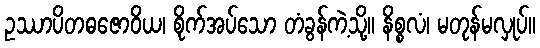
ဥဿာပိတဓဇောဝိယ၊ စိုက်အပ်သော တံခွန်ကဲ့သို့။ နိစ္စလံ၊ မတုန်မလှုပ်။